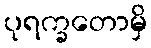
ပုရက္ခတောမှိ